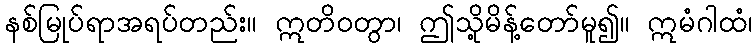
နစ်မြုပ်ရာအရပ်တည်း။ ဣတိဝတွာ၊ ဤသို့မိန့်တော်မူ၍။ ဣမံဂါထံ၊